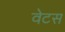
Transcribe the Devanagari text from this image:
वेटस